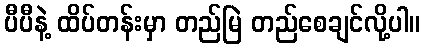
ပီပီနဲ့ ထိပ်တန်းမှာ တည်မြဲ တည်စေချင်လို့ပါ။